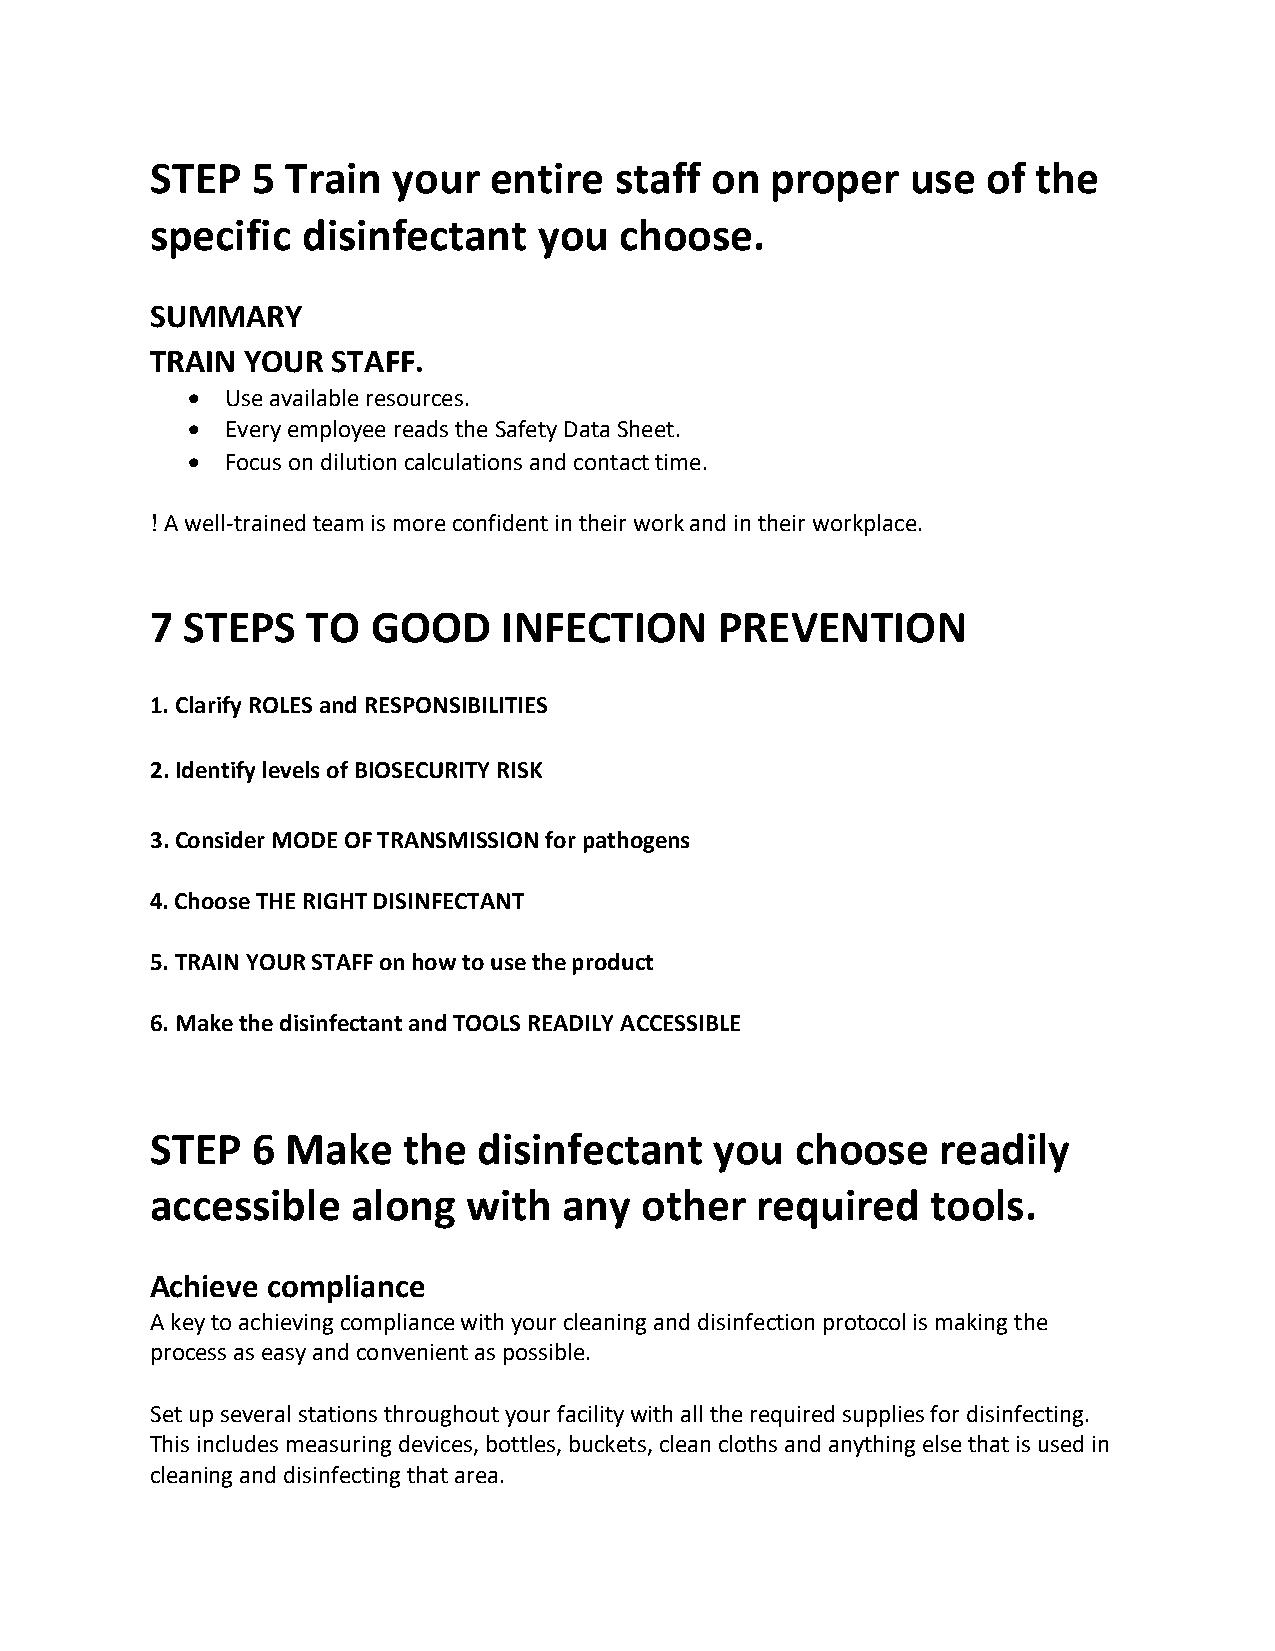
STEP   5 Train  your  entire   staff on  proper   use  of  the
 specific  disinfectant    you  choose.
 SUMMARY
 TRAIN YOUR  STAFF.
 •  Use available resources.
 •  Every employee reads the Safety Data Sheet.
 •  Focus on dilution calculations and contact time.
 ! A well-trained team is more confident in their work and in their workplace.
 7 STEPS   TO   GOOD    INFECTION      PREVENTION
 1. Clarify ROLES and RESPONSIBILITIES
 2. Identify levels of BIOSECURITY RISK
 3. Consider MODE OF TRANSMISSION for pathogens
 4. Choose THE RIGHT DISINFECTANT
 5. TRAIN YOUR STAFF on how to use the product
 6. Make the disinfectant and TOOLS READILY ACCESSIBLE
 STEP   6 Make    the  disinfectant   you   choose   readily
 accessible   along   with  any   other  required    tools.
 Achieve compliance
 A key to achieving compliance with your cleaning and disinfection protocol is making the
 process as easy and convenient as possible.
 Set up several stations throughout your facility with all the required supplies for disinfecting.
 This includes measuring devices, bottles, buckets, clean cloths and anything else that is used in
 cleaning and disinfecting that area.